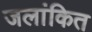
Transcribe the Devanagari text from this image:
जलांकित